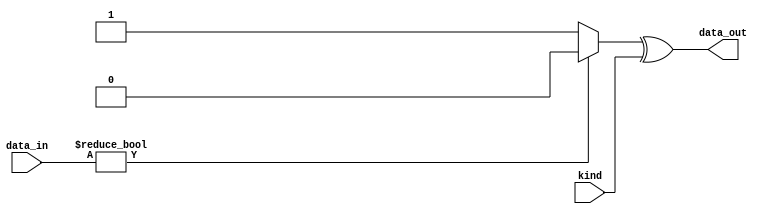
`timescale 1ns / 1ps
//////////////////////////////////////////////////////////////////////////////////
// Company: 
// Engineer: 
// 
// Design Name: 
// Module Name:    Condition_Judge 
// Project Name: 
// Target Devices: 
// Tool versions: 
// Description: 
//
// Dependencies: 
//
// Revision: 
// Revision 0.01 - File Created
// Additional Comments: 
//
//////////////////////////////////////////////////////////////////////////////////
module Condition_Judge(
    output data_out,
	 input kind,
    input [15 : 0] data_in
    );

	assign data_out = (data_in ? 1'b0 : 1'b1)^kind;

endmodule